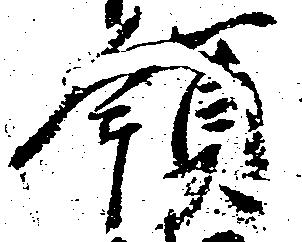
領